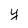
Character: y